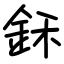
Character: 鉌